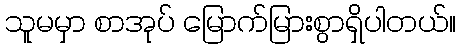
သူမမှာ စာအုပ် မြောက်မြားစွာရှိပါတယ်။